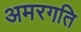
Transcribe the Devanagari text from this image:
अमरगति